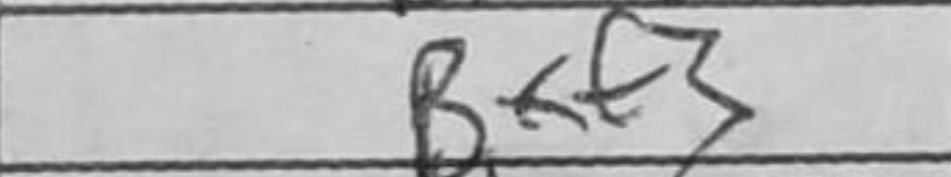
Transcription: Bxf3